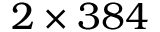
2 \times 3 8 4